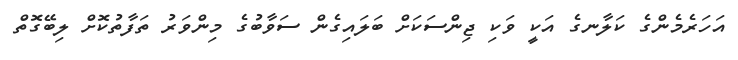
އަހަރެެމެންގެ ކަލާނގެ އަކީ ވަކި ޖިންސަކަށް ބަލައިގެން ސަވާބުގެ މިންވަރު ތަފާތުކޮށް ލިބޭގޮތް